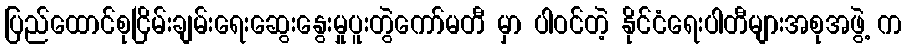
ပြည်ထောင်စုငြိမ်းချမ်းရေးဆွေးနွေးမှုပူးတွဲကော်မတီ မှာ ပါဝင်တဲ့ နိုင်ငံရေးပါတီများအစုအဖွဲ့ က